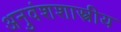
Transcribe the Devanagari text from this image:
अनुवंशशास्त्रीय